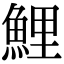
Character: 鯉